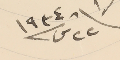
٢٢ ش سنة ١٩٣٤